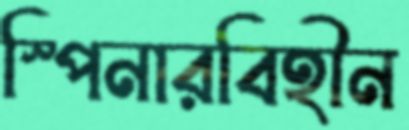
স্পিনারবিহীন